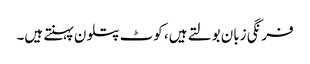
فرنگی زبان بولتے ہیں، کوٹ پتلون پہنتے ہیں۔